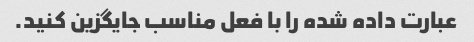
عبارت داده شده را با فعل مناسب جایگزین کنید.